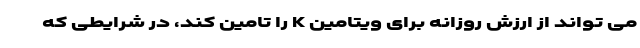
می تواند از ارزش روزانه برای ویتامین K را تامین کند، در شرایطی که